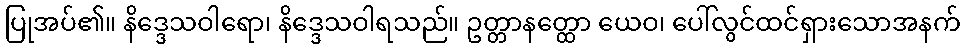
ပြုအပ်၏။ နိဒ္ဒေသဝါရော၊ နိဒ္ဒေသဝါရသည်။ ဥတ္တာနတ္ထော ယေဝ၊ ပေါ်လွင်ထင်ရှားသောအနက်